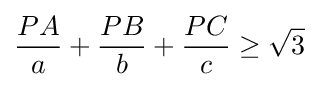
{\frac {PA}{a}}+{\frac {PB}{b}}+{\frac {PC}{c}}\geq {\sqrt {3}}